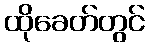
ထိုခေတ်တွင်